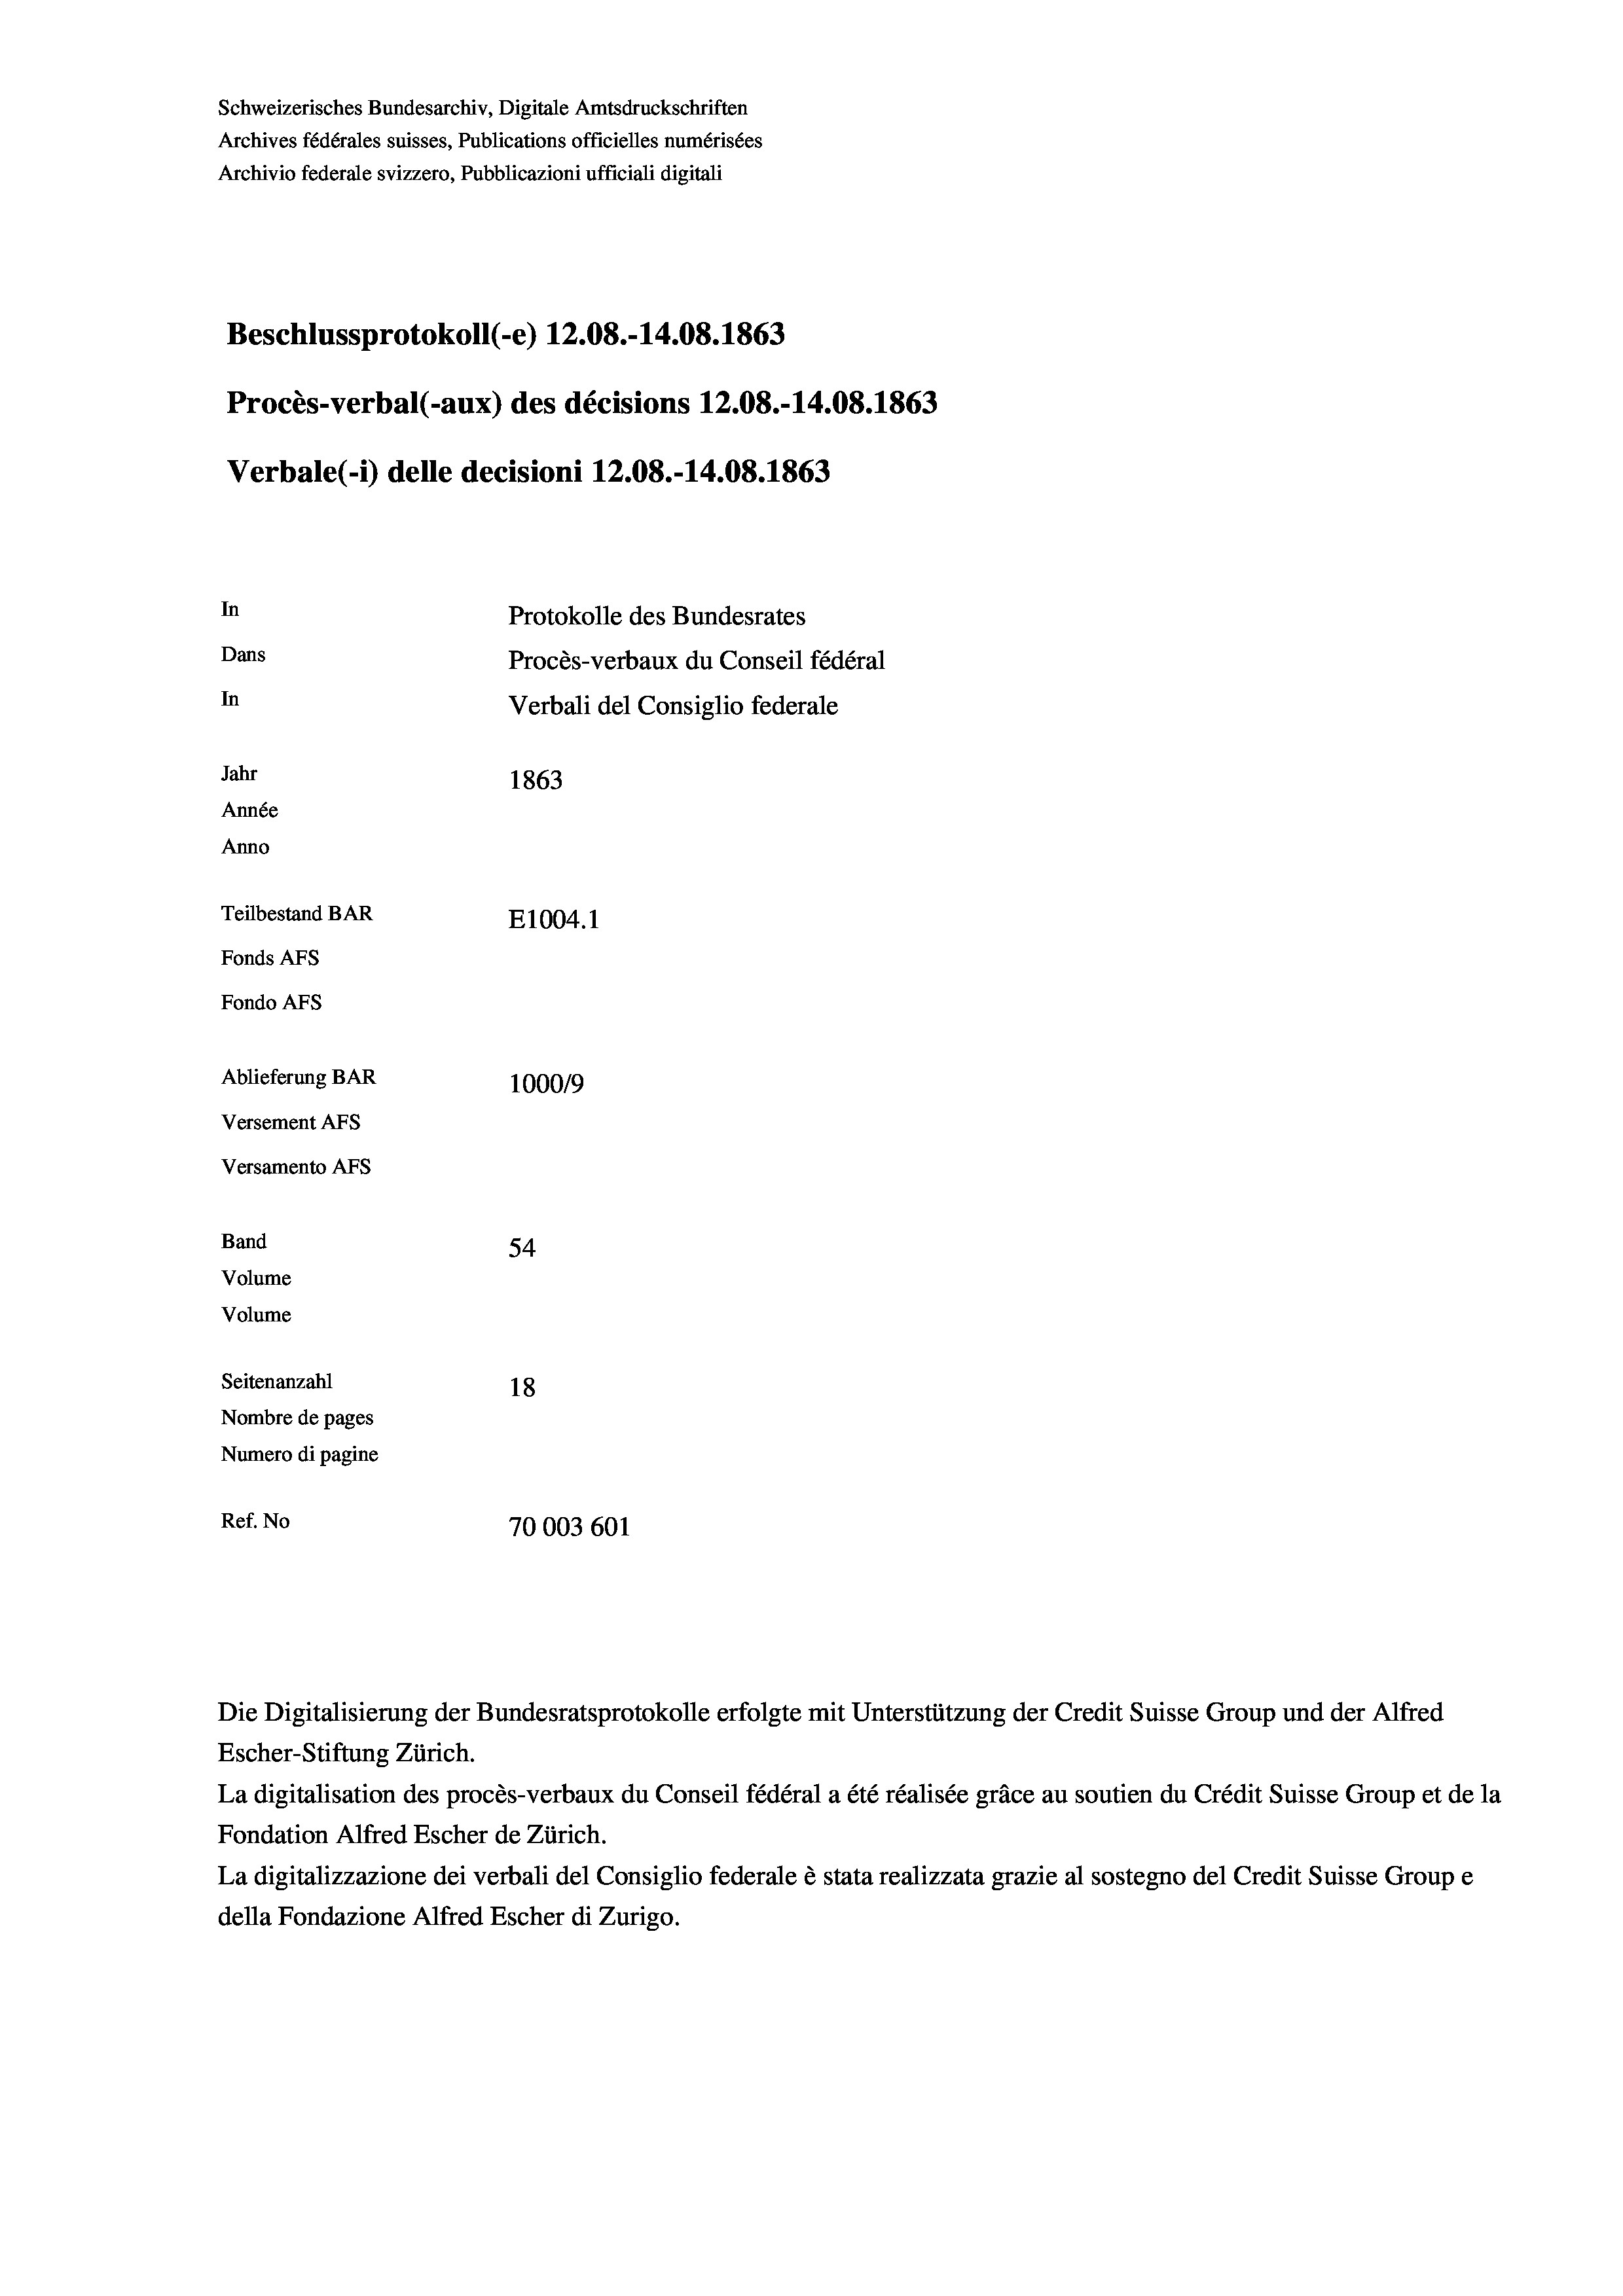
Schweizerisches Bundesarchiv, Digitale Amtsdruckschriften
Archives fédérales suisses, Publications officielles numérisées
Archivio federale svizzero, Pubblicazioni ufficiali digitali
Beschlussprotokoll (-e) 12.08.-14.08. 1863
Procès-verbal (-aux) des décisions 12.08.-14.08. 1863
Verbale (- 1) delle decisioni 12.08.-14.08. 1863
In
Protokolle des Bundesrates
Dans
Procès-verbaux du Conseil fédéral
In
Verbali del Consiglio federale
Jahr
1863
Année
Anno
Teilbestand BAR
E1004.1
Fonds AFs
Fondo AFS
Ablieferung BAR
100019
Versement AFs
Versamento AFs
Band
54
Volume
Volume
Seitenanzahl
18
Nombre de pages
Numero di pagine
Ref. No
70003 601

Escher-Stiftung Zürich.
La digitalisation des procès-verbaux du Conseil fédéral a été réalisée gräce au soutien du Crédit Suisse Group et de la
Fondation Alfred Escher de Zürich.
La digitalizzazione dei verbali del Consiglio federale è stata realizzata grazie al sostegno del Credit Suisse Groupe
della Fondazione Alfred Escher di Zurigo.

Die Digitalisierung der Bundesratsprotokolle erfolgte mit Unterstützung der Credit Suisse Group und der Alfred